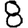
Digit: 8